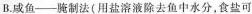
B.咸鱼--腌制法(用盐溶液除去鱼中水分，食盐可